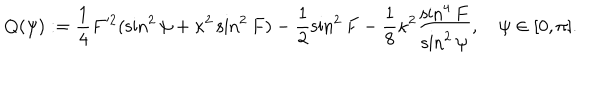
Q ( \psi ) : = \frac { 1 } { 4 } F ^ { 2 } ( \sin ^ { 2 } { \psi } + \kappa ^ { 2 } \sin ^ { 2 } { F } ) - \frac { 1 } { 2 } \sin ^ { 2 } { F } - \frac { 1 } { 8 } \kappa ^ { 2 } \frac { \sin ^ { 4 } { F } } { \sin ^ { 2 } { \psi } } , \quad \psi \in [ 0 , \pi ] .